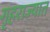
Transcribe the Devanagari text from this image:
गृहराज्यात